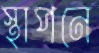
স্থাপনে